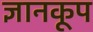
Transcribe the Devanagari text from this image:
ज्ञानकूप